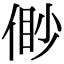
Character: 𠋝